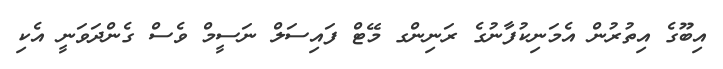
އިބޫގެ އިތުރުން އެމަނިކުފާނުގެ ރަނިންގ މޭޓް ފައިސަލް ނަސީމް ވެސް ގެންދަވަނީ އެކި